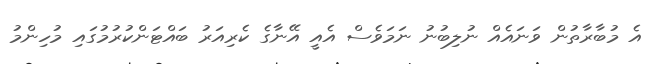
އެ މުބާރާތުން ވަނައެއް ނުލިބުނު ނަމަވެސް އެއީ އޭނާގެ ކެރިއަރު ބައްޓަންކުރުމުގައި މުހިންމު